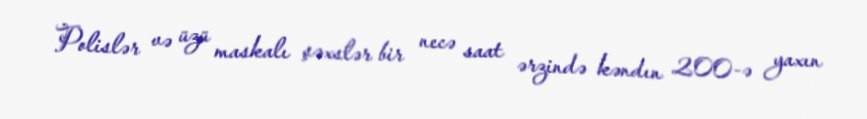
Polislər və üzü maskalı şəxslər bir necə saat ərzində kəndın 200-ə yaxın